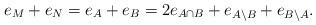
LaTeX: \begin{align*} e_{M} + e_{N} = e_{A} + e_{B} = 2 e_{A \cap B} + e_{A \setminus B} + e_{B \setminus A}. \end{align*}